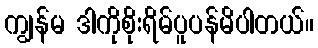
ကျွန်မ ဒါကိုစိုးရိမ်ပူပန်မိပါတယ်။